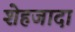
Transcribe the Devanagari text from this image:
शेहजादा